Haapsalu_Metskond, lk 36
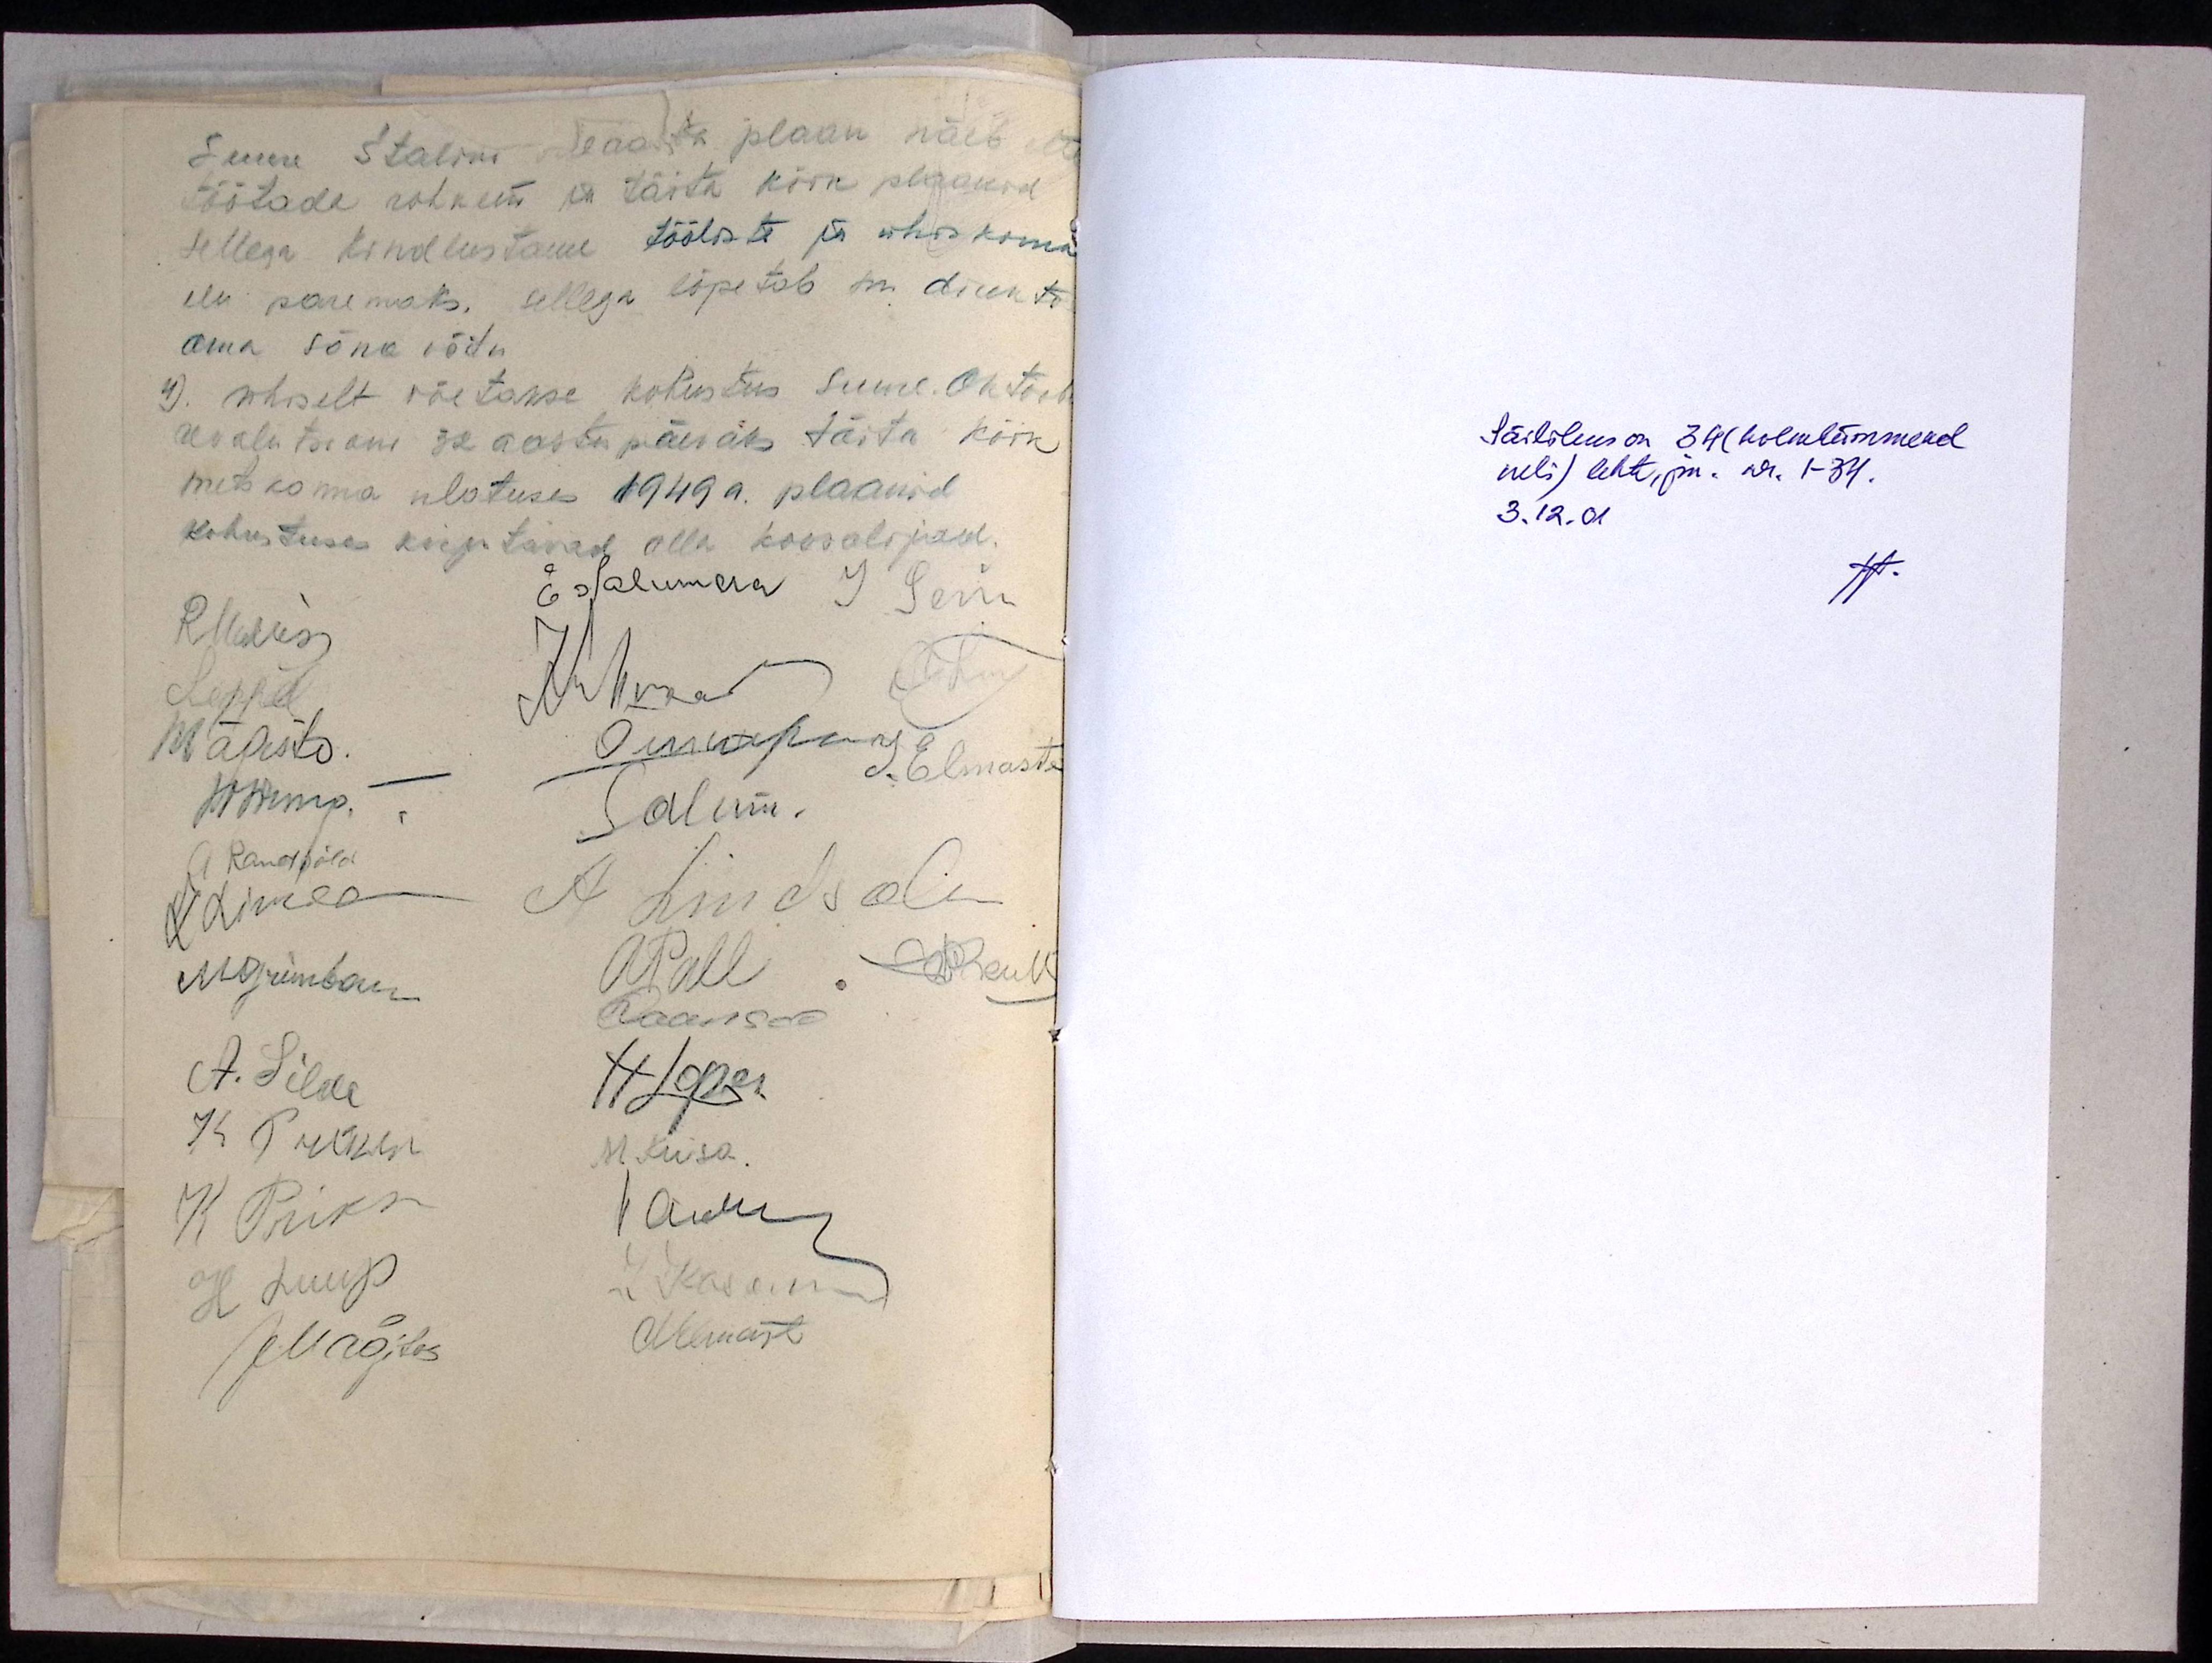
Suure Stalini viie aasta plaan näeb ette
töötada rohkem ja täita kõik plaanid
sellega kindlustame tööliste ja ühiskonna
elu paremaks. sellega lõpetab sm direktor
oma sõna võtu.
4). ühiselt võetakse kohustus Suure Oktoob
revolutsiooni 32 aastapäevaks täita kõik
metskonna ulatuses 1949 a. plaanid
Kohustuses kirjutavad alla koosolijad.
EsSalumaa
Mägisto
J. Elmaste
A Randpõld
A Lindsalu
APall
A. Silde
HLopu
K Prikk
K Prikk
H Luup

Säilikus on 34 (kolmkümmend
neli) lehte, jm. nr. 1-34.
3.12.01.